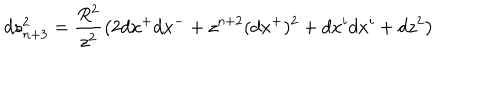
LaTeX: d s _ { n + 3 } ^ { 2 } = \frac { R ^ { 2 } } { z ^ { 2 } } \big ( 2 d x ^ { + } d x ^ { - } + z ^ { n + 2 } ( d x ^ { + } ) ^ { 2 } + d x ^ { i } d x ^ { i } + d z ^ { 2 } \big )